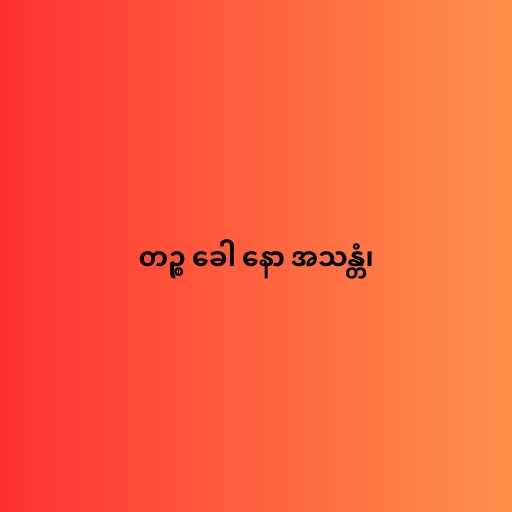
တဉ္စ ခေါ နော အသန္တံ၊